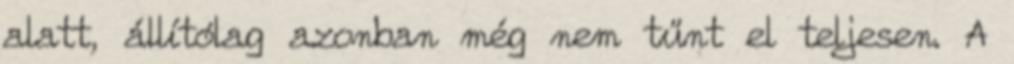
alatt, állítólag azonban még nem tűnt el teljesen. A